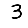
Digit: 3